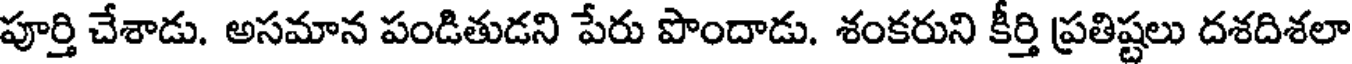
పూర్తి చేశాడు. అసమాన పండితుడని పేరు పొందాడు. శంకరుని కీర్తి ప్రతిష్టలు దశదిశలా